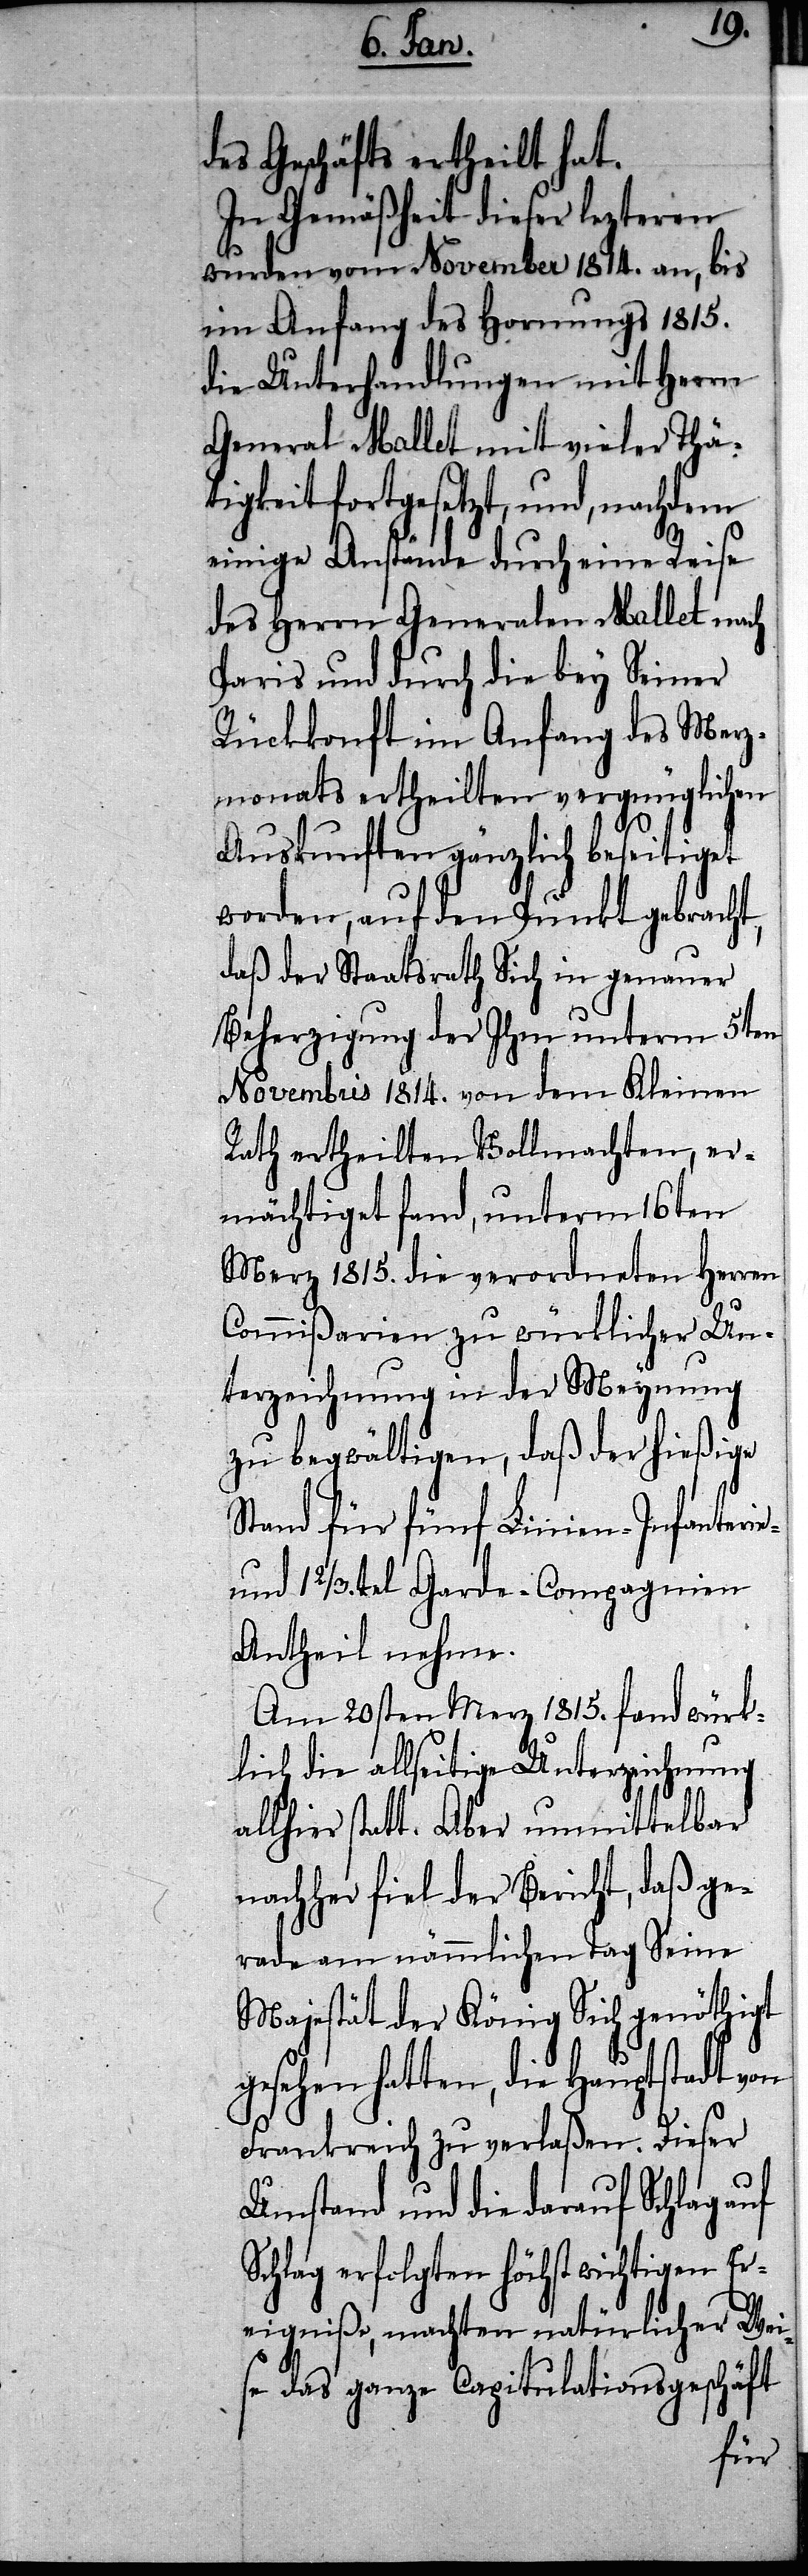
des Geschäfts ertheilt hat.
In Gemäßheit dieser lezteren
wurden von November 1814. an, bis
im Anfang des Hornungs 1815.
die Unterhandlungen mit Herrn
General Mallet mit vieler Thät¬
igkeit fortgesetzt, und, nachdem
einige Anstände durch eine Reise
des Herrn Generalen Mallet nach
Paris und durch die bey Seiner
Rückkonft im Anfang des Merz¬
monats ertheilten vergnüglichen
Auskunften gänzlich beseitiget
worden, auf den Punkt gebracht,
daß der Staatsrath Sich in genauer
Beherzigung der Ihm unterm 5ten
Novembris 1814. von dem Kleinen
Rath ertheilten Vollmachten, er¬
mächtiget fand, unterm 16ten
Merz 1815. die verordneten Herren
Commißarien zu würklicher Un¬
terzeichnung in der Meynung
zu begwältigen, daß der hießige
Stand für fünf Linien-Infanterie-
und 12/3.tel Garde-Compagnien
Antheil nehme.
Am 20sten Merz 1815. fand würk¬
lich die allseitige Unterzeichnung
allhier statt. Aber unmittelbar
nachher fiel der Bericht, daß ge¬
rade an nämmlichen Tag Seine
Majestät der König Sich genöthigt
gesehen hatten, die Hauptstadt von
Frankreich zu verlaßen. Dieser
Umstand und die darauf Schlag auf
Schlag erfolgten höchst wichtigen Er¬
eigniße, machten natürlicher Wei¬
se das ganze Capitulationsgeschäft